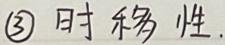
\textcircled{3} 时移性.